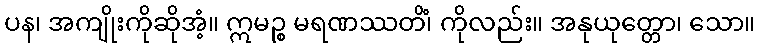
ပန၊ အကျိုးကိုဆိုအံ့။ ဣမဉ္စ မရဏဿတိံ၊ ကိုလည်း။ အနုယုတ္တော၊ သော။